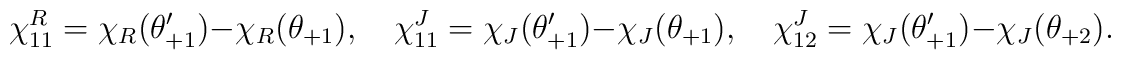
\chi^{R}_{11}=\chi_{R}(\theta'_{+1})-\chi_{R}(\theta_{+1}),\quad\chi^{J}_{11}=\chi_{J}(\theta'_{+1})-\chi_{J}(\theta_{+1}),\quad\chi^{J}_{12}=\chi_{J}(\theta'_{+1})-\chi_{J}(\theta_{+2}).